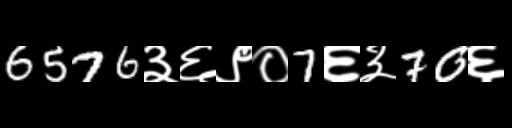
Text: 6576३६९०7६३70६